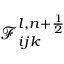
\mathcal { F } _ { i j k } ^ { l , n + \frac { 1 } { 2 } }